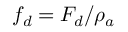
f _ { d } = F _ { d } / \rho _ { a }